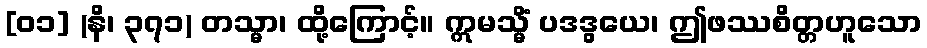
[၀၁] (နိ၊ ၃၇၁) တသ္မာ၊ ထို့ကြောင့်။ ဣမသ္မိံ ပဒဒွယေ၊ ဤဖဿစိတ္တဟူသော